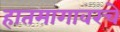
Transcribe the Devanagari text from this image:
हातमागावरचे